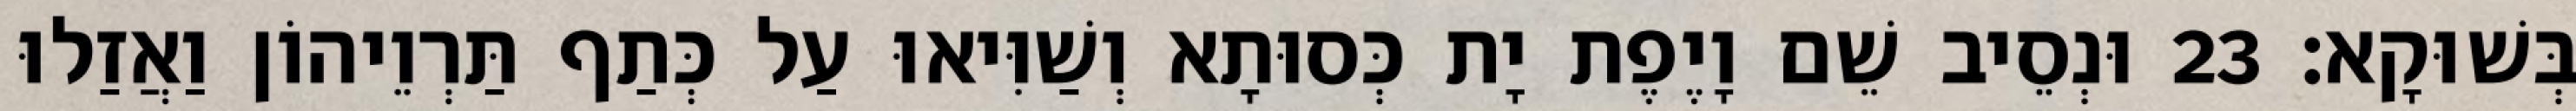
בְּשׁוּקָא׃ 23 וּנְסֵיב שֵׁם וָיֶפֶת יָת כְּסוּתָא וְשַׁוִּיאוּ עַל כְּתַף תַּרְוֵיהוֹן וַאֲזַלוּ